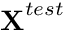
\textbf X ^ { t e s t }